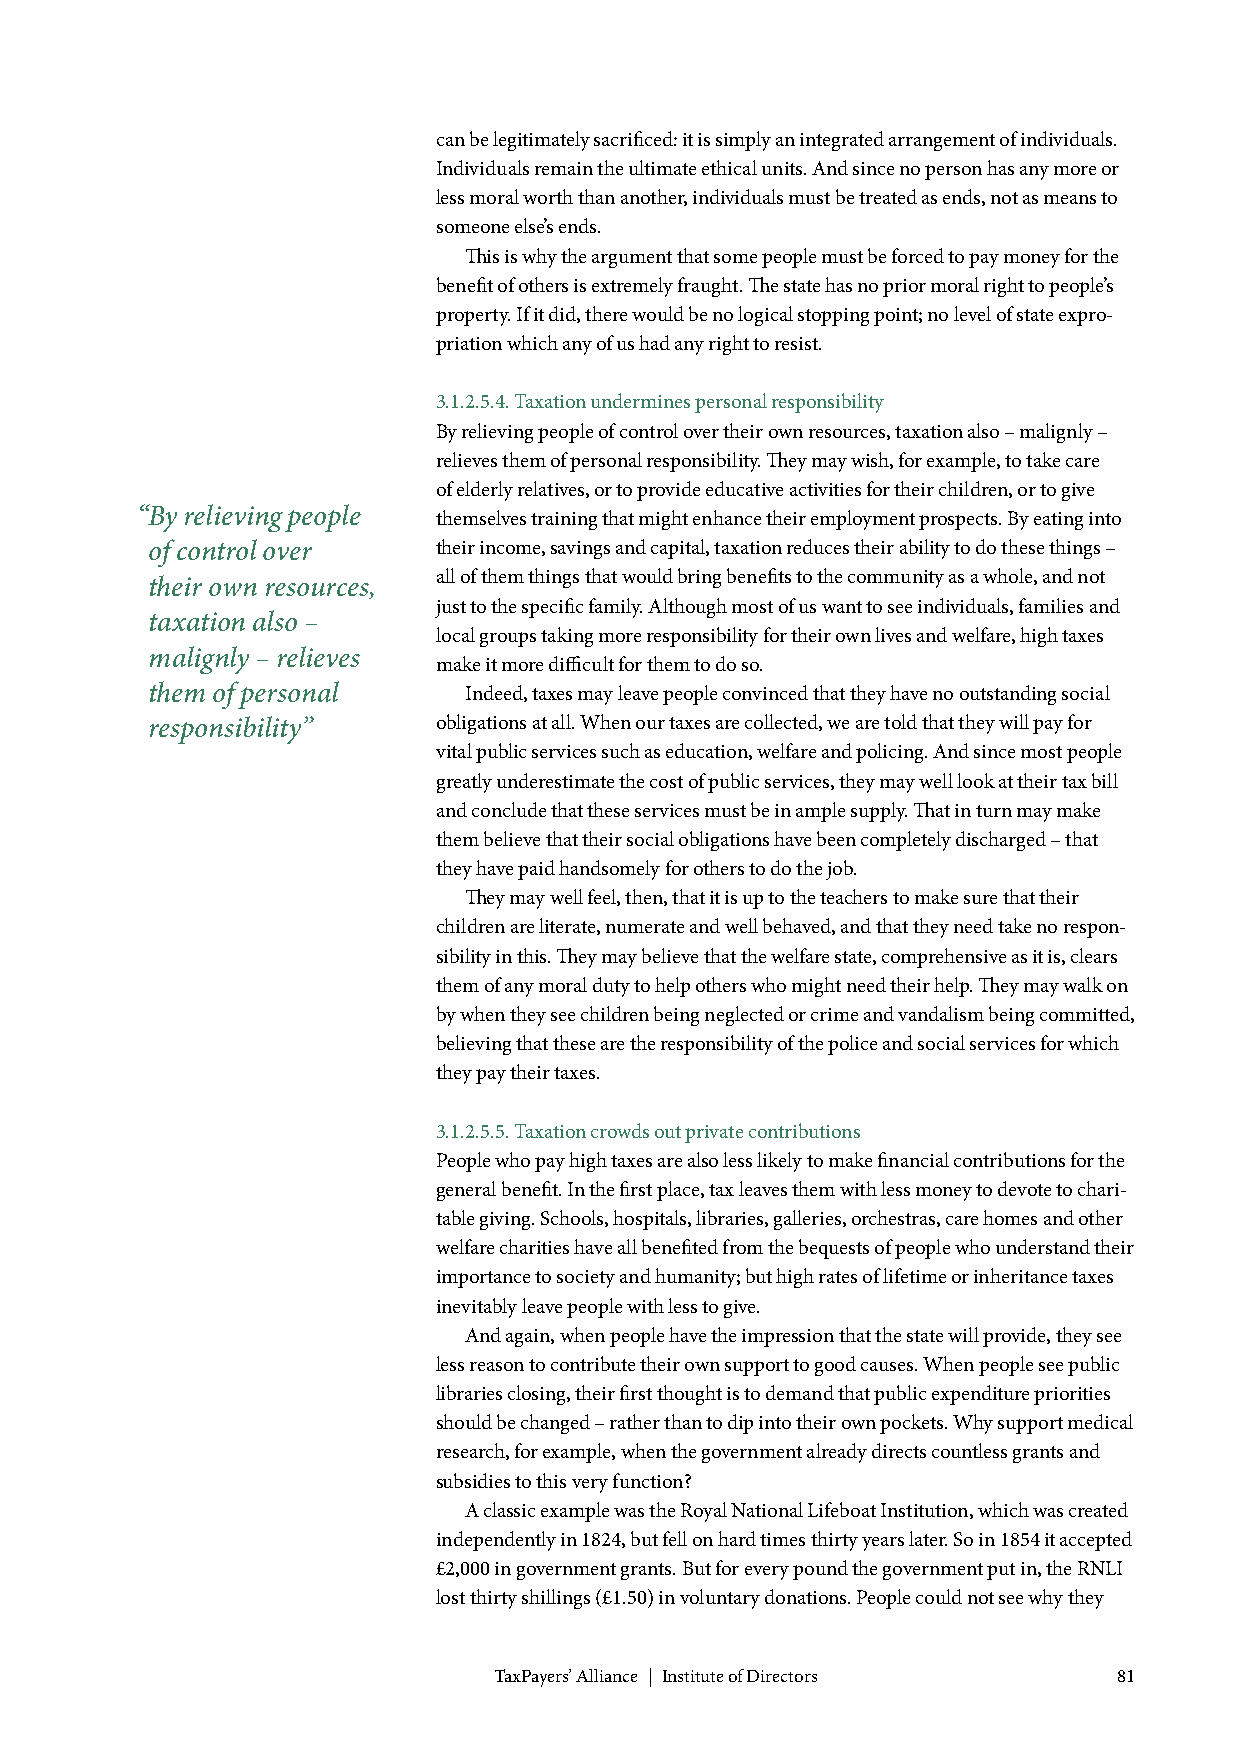
can be legitimately sacrificed: it is simply an integrated arrangement of individuals.
 Individuals remain the ultimate ethical units. And since no person has any more or
 less moral worth than another, individuals must be treated as ends, not as means to
 someone else’s ends.
 This is why the argument that some people must be forced to pay money for the
 benefit of others is extremely fraught. The state has no prior moral right to people’s
 property. If it did, there would be no logical stopping point; no level of state expro-
 priation which any of us had any right to resist.
 3.1.2.5.4. Taxation undermines personal responsibility
 By relieving people of control over their own resources, taxation also – malignly –
 relieves them of personal responsibility. They may wish, for example, to take care
 of elderly relatives, or to provide educative activities for their children, or to give
 “By relieving people themselves training that might enhance their employment prospects. By eating into
 of control over    their income, savings and capital, taxation reduces their ability to do these things –
 all of them things that would bring benefits to the community as a whole, and not
 their own resources,
 just to the specific family. Although most of us want to see individuals, families and
 taxation also –
 local groups taking more responsibility for their own lives and welfare, high taxes
 malignly – relieves
 make it more difficult for them to do so.
 them of personal     Indeed, taxes may leave people convinced that they have no outstanding social
 responsibility”    obligations at all. When our taxes are collected, we are told that they will pay for
 vital public services such as education, welfare and policing. And since most people
 greatly underestimate the cost of public services, they may well look at their tax bill
 and conclude that these services must be in ample supply. That in turn may make
 them believe that their social obligations have been completely discharged – that
 they have paid handsomely for others to do the job.
 They may well feel, then, that it is up to the teachers to make sure that their
 children are literate, numerate and well behaved, and that they need take no respon-
 sibility in this. They may believe that the welfare state, comprehensive as it is, clears
 them of any moral duty to help others who might need their help. They may walk on
 by when they see children being neglected or crime and vandalism being committed,
 believing that these are the responsibility of the police and social services for which
 they pay their taxes.
 3.1.2.5.5. Taxation crowds out private contributions
 People who pay high taxes are also less likely to make financial contributions for the
 general benefit. In the first place, tax leaves them with less money to devote to chari-
 table giving. Schools, hospitals, libraries, galleries, orchestras, care homes and other
 welfare charities have all benefited from the bequests of people who understand their
 importance to society and humanity; but high rates of lifetime or inheritance taxes
 inevitably leave people with less to give.
 And again, when people have the impression that the state will provide, they see
 less reason to contribute their own support to good causes. When people see public
 libraries closing, their first thought is to demand that public expenditure priorities
 should be changed – rather than to dip into their own pockets. Why support medical
 research, for example, when the government already directs countless grants and
 subsidies to this very function?
 A classic example was the Royal National Lifeboat Institution, which was created
 independently in 1824, but fell on hard times thirty years later. So in 1854 it accepted
 £2,000 in government grants. But for every pound the government put in, the RNLI
 lost thirty shillings (£1.50) in voluntary donations. People could not see why they
 TaxPayers’ Alliance | Institute of Directors 81